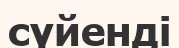
сүйенді